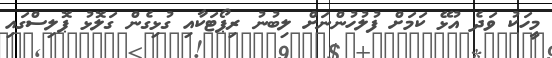
މީހަކު ވަދެ އުޅޭ ކަމަށް ފުލުހުންނަށް ލިބުނު ރިޕޯޓަކާއި ގުޅިގެން ގަލޮޅު ޕޮލިސްގައި